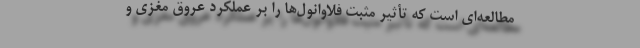
مطالعه‌ای است که تأثیر مثبت فلاوانول‌ها را بر عملکرد عروق مغزی و